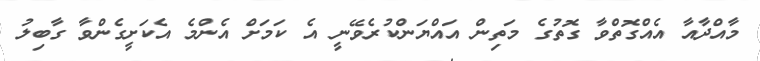
މާއްދާއާ އެއްގޮތްވާ ގޮތުގެ މަތިން އައްޔަންކުރެވޭނީ އެ ކަމަށް އެންމެ އެކަށީގެންވާ ގާބިލު